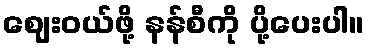
ဈေးဝယ်ဖို့ နန်စီကို ပို့ပေးပါ။